Studies on the mouth parts a Comparative anatomy of the proboscis in the blood-sucking muscidae - Number 60
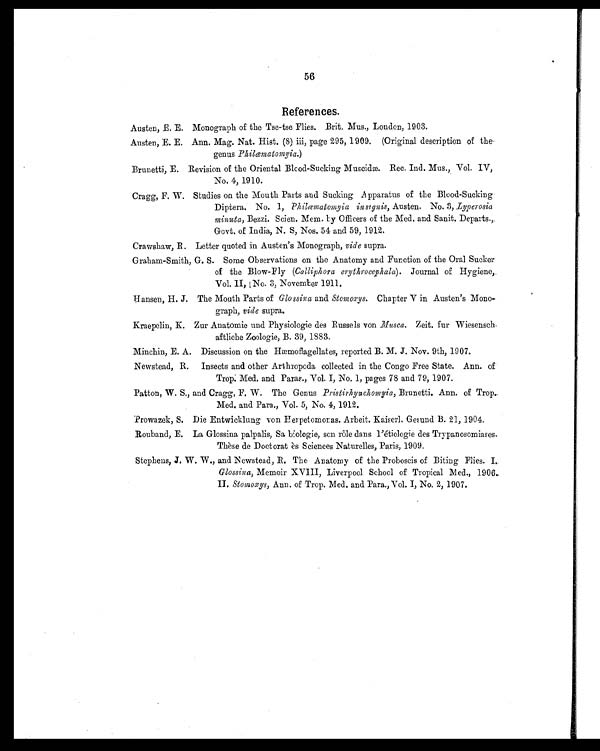
56
References.
Austen, E. E. Monograph of the Tse-tse Flies. Brit. Mus., London, 1903.
Austen, E. E. Ann. Mag. Nat. Hist. (8) iii, page 295, 1909. (Original description of the
genus Philæmatomyia.)
Brunetti, E. Revision of the Oriental Blood-Sucking Muscidæ. Rec. Ind. Mus., Vol. IV,
No. 4, 1910.
Cragg, F. W. Studies on the Mouth Parts and Sucking Apparatus of the Blood-Sucking
Diptera. No. 1, Philæmatomyia insignis, Austen. No. 3, Lyperosia
minuta, Bezzi. Scien. Mem. by Officers of the Med. and Sanit. Departs.,
Govt. of India, N. S, Nos. 54 and 59, 1912.
Crawshaw, R. Letter quoted in Austen's Monograph, vide supra.
Graham-Smith, G. S. Some Observations on the Anatomy and Function of the Oral Sucker
of the Blow-Fly (Calliphora erythrocephala). Journal of Hygiene,
Vol. II, No. 3, November 1911.
Hansen, H. J. The Mouth Parts of Glossina and Stomoxys. Chapter V in Austen's Mono-
graph, vide supra.
Kraepelin, K. Zur Anatomie und Physiologie des Russels von Musca. Zeit. fur Wiesensch
aftliche Zoologie, B. 39, 1883.
Minchin, E. A. Discussion on the Hæmoflagellates, reported B. M. J. Nov. 9th, 1907.
Newstead, R. Insects and other Arthropoda collected in the Congo Free State. Ann. of
Trop. Med. and Paras., Vol. I, No. 1, pages 78 and 79, 1907.
Patton, W. S., and Cragg, F. W. The Genus Pristirhynchomyia, Brunetti. Ann. of Trop.
Med. and Para., Vol. 5, No. 4, 1912.
Prowazek, S. Die Entwicklung von Herpetomoras. Arbeit. Kaiserl. Gesund B. 21, 1904.
Rouband, E. La Glossina palpalis, Sa biologie, son rôle dans l'étiologie des Trypanosomiases
Thèse de Doctorat ès Sciences Naturelles, Paris, 1909.
Stephens, J. W. W., and Newstead, R. The Anatomy of the Proboscis of Biting Flies. I
Glossina, Memoir XVIII, Liverpool School of Tropical Med., 1906
II. Stomoxys, Ann. of Trop. Med. and Para., Vol. I, No. 2, 1907.